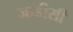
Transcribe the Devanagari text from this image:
जाडीसी